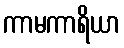
ကာမကာရိယာ